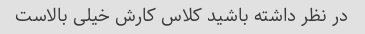
در نظر داشته باشید کلاس کارش خیلی بالاست